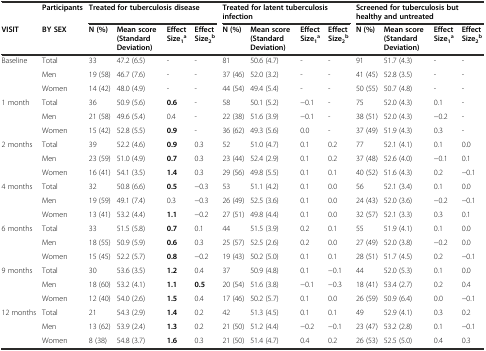
<table><thead><tr><td></td><td><b>Participants</b></td><td colspan="4"><b>Treated for tuberculosis disease</b></td><td colspan="4"><b>Treated for latent tuberculosis infection</b></td><td colspan="4"><b>Screened for tuberculosis but healthy and untreated</b></td></tr><tr><td><b>VISIT</b></td><td><b>BY SEX</b></td><td><b>N (%)</b></td><td><b>Mean score (Standard Deviation)</b></td><td><b>Effect Size<sub>1</sub><sup>a</sup></b></td><td><b>Effect Size<sub>2</sub><sup>b</sup></b></td><td><b>N (%)</b></td><td><b>Mean score (Standard Deviation)</b></td><td><b>Effect Size<sub>1</sub><sup>a</sup></b></td><td><b>Effect Size<sub>2</sub><sup>b</sup></b></td><td><b>N (%)</b></td><td><b>Mean score (Standard Deviation)</b></td><td><b>Effect Size<sub>1</sub><sup>a</sup></b></td><td><b>Effect Size<sub>2</sub><sup>b</sup></b></td></tr></thead><tbody><tr><td rowspan="3">Baseline</td><td>Total</td><td>33</td><td>47.2 (6.5)</td><td>-</td><td>-</td><td>81</td><td>50.6 (4.7)</td><td>-</td><td>-</td><td>91</td><td>51.7 (4.3)</td><td>-</td><td>-</td></tr><tr><td>Men</td><td>19 (58)</td><td>46.7 (7.6)</td><td>-</td><td>-</td><td>37 (46)</td><td>52.0 (3.2)</td><td>-</td><td>-</td><td>41 (45)</td><td>52.8 (3.5)</td><td>-</td><td>-</td></tr><tr><td>Women</td><td>14 (42)</td><td>48.0 (4.9)</td><td>-</td><td>-</td><td>44 (54)</td><td>49.4 (5.4)</td><td>-</td><td>-</td><td>50 (55)</td><td>50.7 (4.8)</td><td>-</td><td>-</td></tr><tr><td rowspan="3">1 month</td><td>Total</td><td>36</td><td>50.9 (5.6)</td><td><b>0.6</b></td><td>-</td><td>58</td><td>50.1 (5.2)</td><td>−0.1</td><td>-</td><td>75</td><td>52.0 (4.3)</td><td>0.1</td><td>-</td></tr><tr><td>Men</td><td>21 (58)</td><td>49.6 (5.4)</td><td>0.4</td><td>-</td><td>22 (38)</td><td>51.6 (3.9)</td><td>−0.1</td><td>-</td><td>38 (51)</td><td>52.0 (4.3)</td><td>−0.2</td><td>-</td></tr><tr><td>Women</td><td>15 (42)</td><td>52.8 (5.5)</td><td><b>0.9</b></td><td>-</td><td>36 (62)</td><td>49.3 (5.6)</td><td>0.0</td><td>-</td><td>37 (49)</td><td>51.9 (4.3)</td><td>0.3</td><td>-</td></tr><tr><td rowspan="3">2 months</td><td>Total</td><td>39</td><td>52.2 (4.6)</td><td><b>0.9</b></td><td>0.3</td><td>52</td><td>51.0 (4.7)</td><td>0.1</td><td>0.2</td><td>77</td><td>52.1 (4.1)</td><td>0.1</td><td>0.0</td></tr><tr><td>Men</td><td>23 (59)</td><td>51.0 (4.9)</td><td><b>0.7</b></td><td>0.3</td><td>23 (44)</td><td>52.4 (2.9)</td><td>0.1</td><td>0.2</td><td>37 (48)</td><td>52.6 (4.0)</td><td>−0.1</td><td>0.1</td></tr><tr><td>Women</td><td>16 (41)</td><td>54.1 (3.5)</td><td><b>1.4</b></td><td>0.3</td><td>29 (56)</td><td>49.8 (5.5)</td><td>0.1</td><td>0.1</td><td>40 (52)</td><td>51.6 (4.3)</td><td>0.2</td><td>−0.1</td></tr><tr><td rowspan="3">4 months</td><td>Total</td><td>32</td><td>50.8 (6.6)</td><td><b>0.5</b></td><td>−0.3</td><td>53</td><td>51.1 (4.2)</td><td>0.1</td><td>0.0</td><td>56</td><td>52.1 (3.4)</td><td>0.1</td><td>0.0</td></tr><tr><td>Men</td><td>19 (59)</td><td>49.1 (7.4)</td><td>0.3</td><td>−0.3</td><td>26 (49)</td><td>52.5 (3.6)</td><td>0.1</td><td>0.0</td><td>24 (43)</td><td>52.0 (3.6)</td><td>−0.2</td><td>−0.1</td></tr><tr><td>Women</td><td>13 (41)</td><td>53.2 (4.4)</td><td><b>1.1</b></td><td>−0.2</td><td>27 (51)</td><td>49.8 (4.4)</td><td>0.1</td><td>0.0</td><td>32 (57)</td><td>52.1 (3.3)</td><td>0.3</td><td>0.1</td></tr><tr><td rowspan="3">6 months</td><td>Total</td><td>33</td><td>51.5 (5.8)</td><td><b>0.7</b></td><td>0.1</td><td>44</td><td>51.5 (3.9)</td><td>0.2</td><td>0.1</td><td>55</td><td>51.9 (4.1)</td><td>0.1</td><td>0.0</td></tr><tr><td>Men</td><td>18 (55)</td><td>50.9 (5.9)</td><td><b>0.6</b></td><td>0.3</td><td>25 (57)</td><td>52.5 (2.6)</td><td>0.2</td><td>0.0</td><td>27 (49)</td><td>52.0 (3.8)</td><td>−0.2</td><td>0.0</td></tr><tr><td>Women</td><td>15 (45)</td><td>52.2 (5.7)</td><td><b>0.8</b></td><td>−0.2</td><td>19 (43)</td><td>50.2 (5.0)</td><td>0.1</td><td>0.1</td><td>28 (51)</td><td>51.7 (4.5)</td><td>0.2</td><td>−0.1</td></tr><tr><td rowspan="3">9 months</td><td>Total</td><td>30</td><td>53.6 (3.5)</td><td><b>1.2</b></td><td>0.4</td><td>37</td><td>50.9 (4.8)</td><td>0.1</td><td>−0.1</td><td>44</td><td>52.0 (5.3)</td><td>0.1</td><td>0.0</td></tr><tr><td>Men</td><td>18 (60)</td><td>53.2 (4.1)</td><td><b>1.1</b></td><td><b>0.5</b></td><td>20 (54)</td><td>51.6 (3.8)</td><td>−0.1</td><td>−0.3</td><td>18 (41)</td><td>53.4 (2.7)</td><td>0.2</td><td>0.4</td></tr><tr><td>Women</td><td>12 (40)</td><td>54.0 (2.6)</td><td><b>1.5</b></td><td>0.4</td><td>17 (46)</td><td>50.2 (5.7)</td><td>0.1</td><td>0.0</td><td>26 (59)</td><td>50.9 (6.4)</td><td>0.0</td><td>−0.1</td></tr><tr><td rowspan="3">12 months</td><td>Total</td><td>21</td><td>54.3 (2.9)</td><td><b>1.4</b></td><td>0.2</td><td>42</td><td>51.3 (4.5)</td><td>0.1</td><td>0.1</td><td>49</td><td>52.9 (4.1)</td><td>0.3</td><td>0.2</td></tr><tr><td>Men</td><td>13 (62)</td><td>53.9 (2.4)</td><td><b>1.3</b></td><td>0.2</td><td>21 (50)</td><td>51.2 (4.4)</td><td>−0.2</td><td>−0.1</td><td>23 (47)</td><td>53.2 (2.8)</td><td>0.1</td><td>−0.1</td></tr><tr><td>Women</td><td>8 (38)</td><td>54.8 (3.7)</td><td><b>1.6</b></td><td>0.3</td><td>21 (50)</td><td>51.4 (4.7)</td><td>0.4</td><td>0.2</td><td>26 (53)</td><td>52.5 (5.0)</td><td>0.4</td><td>0.3</td></tr></tbody></table>